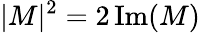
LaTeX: |M|^{2}=2\operatorname{Im}(M)